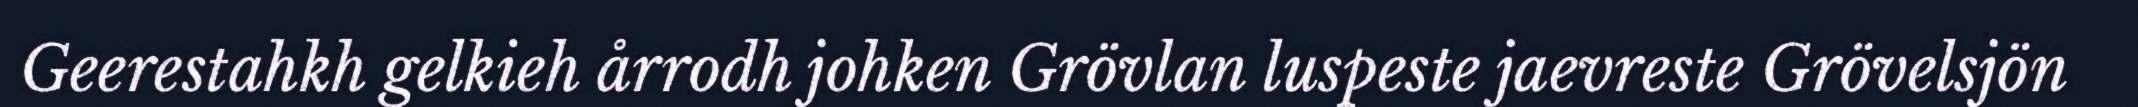
Geerestahkh gelkieh årrodh johken Grövlan luspeste jaevreste Grövelsjön